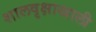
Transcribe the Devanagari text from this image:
शालवृक्षाखाली